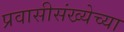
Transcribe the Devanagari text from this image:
प्रवासीसंख्येच्या